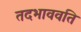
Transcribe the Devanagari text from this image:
तदभाववति